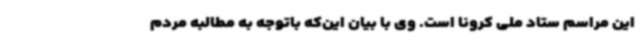
این مراسم ستاد ملی کرونا است. وی با بیان این‌که باتوجه به مطالبه مردم